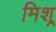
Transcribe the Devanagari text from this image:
मिश्र्